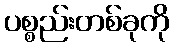
ပစ္စည်းတစ်ခုကို